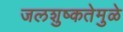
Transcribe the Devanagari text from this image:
जलशुष्कतेमुळे